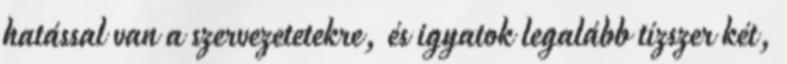
hatással van a szervezetetekre, és igyatok legalább tízszer két,